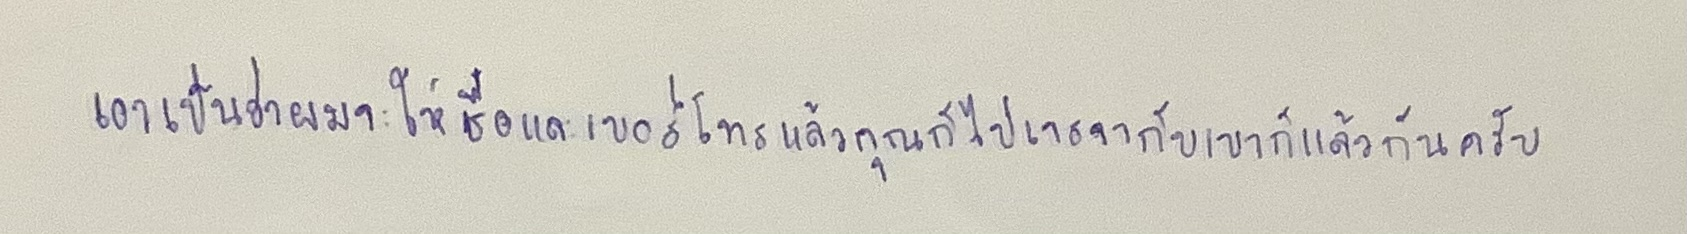
"เอาเป็นว่าผมจะให้ชื่อและเบอร์โทรแล้วคุณก็ไปเจรจากับเขาก็แล้วกันครับ